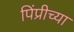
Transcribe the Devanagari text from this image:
पिंप्रीच्या